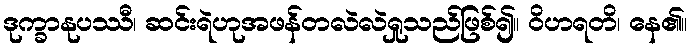
ဒုက္ခာနုပဿီ၊ ဆင်းရဲဟုအဖန်တလဲလဲရှုသည်ဖြစ်၍။ ဝိဟရတိ၊ နေ၏။